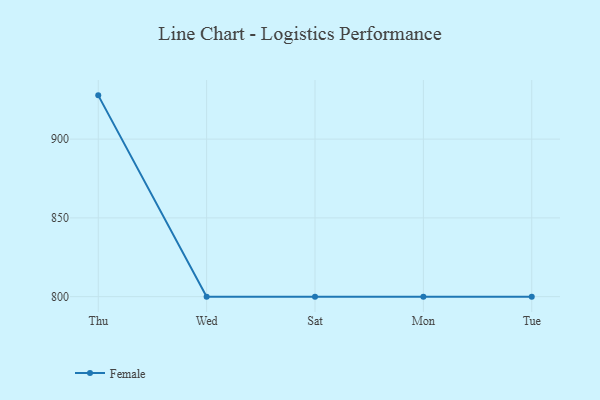
{"axis": {"x": "Day", "y": "Page Views"}, "legend": ["Female"], "data": [{"x": "Thu", "y": 927.8, "type": "Female"}, {"x": "Wed", "y": 800, "type": "Female"}, {"x": "Sat", "y": 800, "type": "Female"}, {"x": "Mon", "y": 800, "type": "Female"}, {"x": "Tue", "y": 800, "type": "Female"}]}